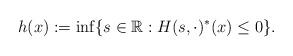
LaTeX: \begin{align*}h(x):=\inf \{s\in \Bbb{R}:H(s,\cdot )^{*}(x)\leq 0\}. \end{align*}